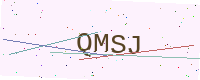
Text: QMSJ